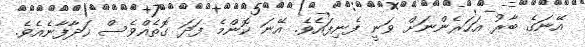
އޭނަގެ ބާރު އަހަރެންނަށް ވަނީ ފެނިފައެވެ. އޭނަ ކޮންމެ ފަދަ ގޮތެއްވެސް ހަދާފާނެއެވެ.